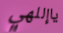
ياإللهي